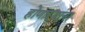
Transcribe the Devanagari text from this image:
होणाऱ्यांना